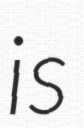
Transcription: is